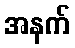
အနက်